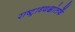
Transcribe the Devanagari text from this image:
राष्ट्राध्यक्षांतर्फे